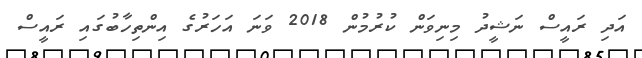
އަދި ރައީސް ނަޝީދު މިނިވަން ކުރުމުން 2018 ވަނަ އަހަރުގެ އިންތިހާބުގައި ރައީސް